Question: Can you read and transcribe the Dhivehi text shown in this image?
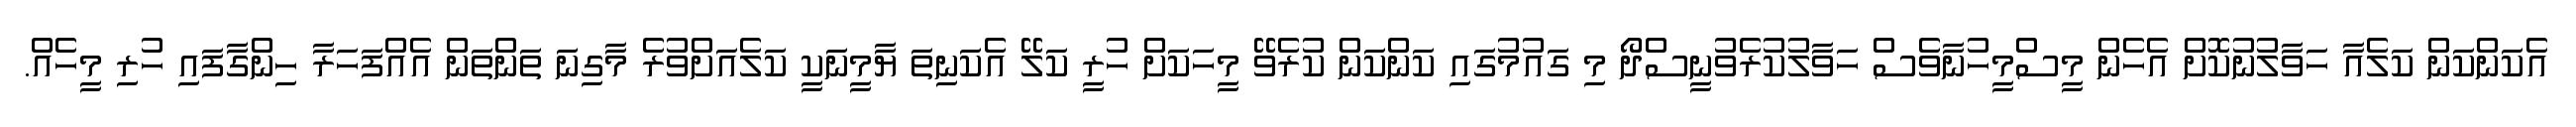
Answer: އެކަންކަން ކަލެއާ ހަވާލުނުކޮށް އެހެން މީސްމީހުނާވެސް ހަވާލުކުރެވުނީސްދޯ މި ގައުމުގައި ކަންކަން ކުރެވޭ މީހަކަށް ހުރީ ކަލޭ އެކަނިތަ ޔާމީނަކީ ކަލެއަށްވުރެ މާގިނަ ތަންތަން އެއްފަހަރާ ހިންގާފައި ހުރި މީހެއް.